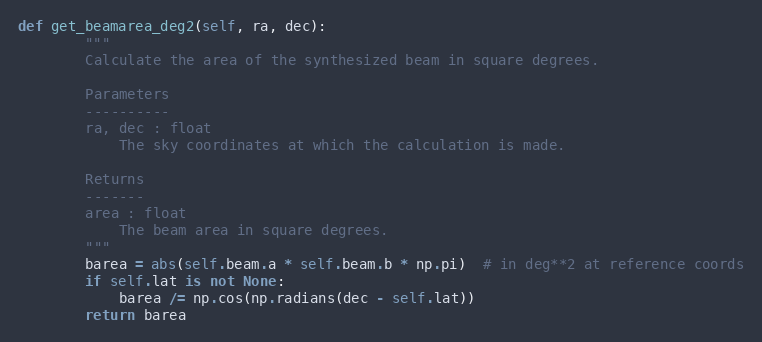
Language: Python
def get_beamarea_deg2(self, ra, dec):
        """
        Calculate the area of the synthesized beam in square degrees.

        Parameters
        ----------
        ra, dec : float
            The sky coordinates at which the calculation is made.

        Returns
        -------
        area : float
            The beam area in square degrees.
        """
        barea = abs(self.beam.a * self.beam.b * np.pi)  # in deg**2 at reference coords
        if self.lat is not None:
            barea /= np.cos(np.radians(dec - self.lat))
        return barea